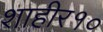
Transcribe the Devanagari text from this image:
शाहीर१०